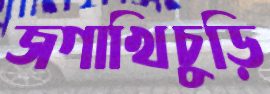
জগাখিচুড়ি